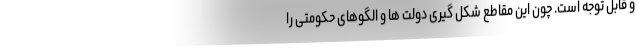
و قابل توجه است. چون این مقاطع شکل گیری دولت ها و الگوهای حکومتی را